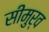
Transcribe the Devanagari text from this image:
सीमुर्व